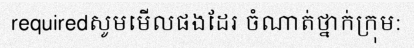
requiredសូមមើលផងដែរ ចំណាត់ថ្នាក់ក្រុម: